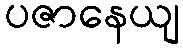
ပဇာနေယျ